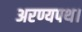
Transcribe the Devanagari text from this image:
अरण्यपथ।